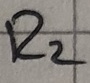
Text: R2